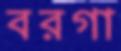
বরগা